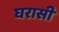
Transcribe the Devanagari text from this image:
घरासी